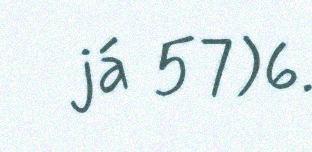
já 57)6.